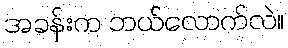
အခန်းက ဘယ်လောက်လဲ။